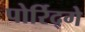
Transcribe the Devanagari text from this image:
पोर्रिद्गे